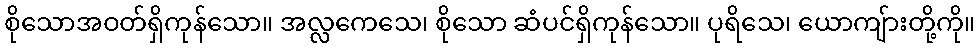
စိုသောအဝတ်ရှိကုန်သော။ အလ္လကေသေ၊ စိုသော ဆံပင်ရှိကုန်သော။ ပုရိသေ၊ ယောကျ်ားတို့ကို။